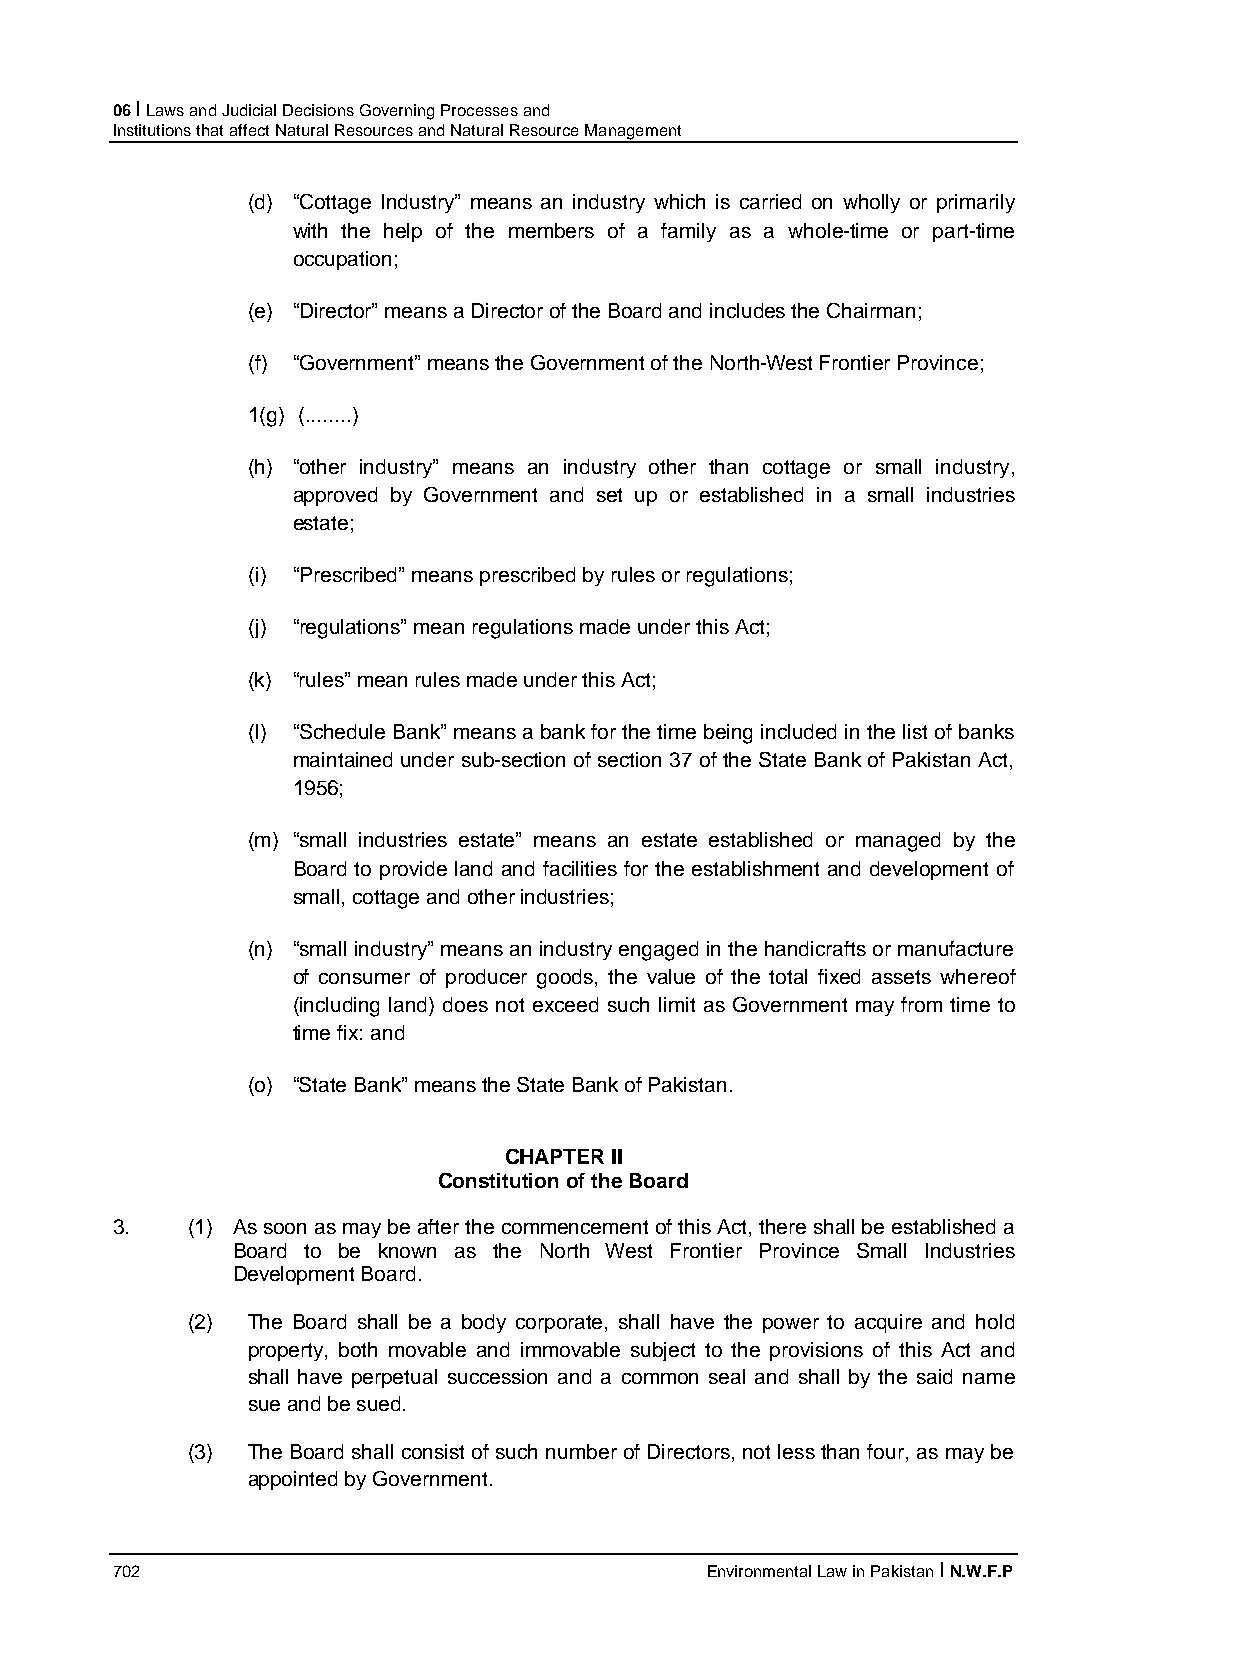
06 I Laws and Judicial Decisions Governing Processes and
 Institutions that affect Natural Resources and Natural Resource Management
 (d) “Cottage Industry” means an industry which is carried on wholly or primarily
 with the help of the members of a family as a whole-time or part-time
 occupation;
 (e) “Director” means a Director of the Board and includes the Chairman;
 (f) “Government” means the Government of the North-West Frontier Province;
 1(g) (........)
 (h) “other industry” means an industry other than cottage or small industry,
 approved by Government and set up or established in a small industries
 estate;
 (i) “Prescribed” means prescribed by rules or regulations;
 (j) “regulations” mean regulations made under this Act;
 (k) “rules” mean rules made under this Act;
 (l) “Schedule Bank” means a bank for the time being included in the list of banks
 maintained under sub-section of section 37 of the State Bank of Pakistan Act,
 1956;
 (m) “small industries estate” means an estate established or managed by the
 Board to provide land and facilities for the establishment and development of
 small, cottage and other industries;
 (n) “small industry” means an industry engaged in the handicrafts or manufacture
 of consumer of producer goods, the value of the total fixed assets whereof
 (including land) does not exceed such limit as Government may from time to
 time fix: and
 (o) “State Bank” means the State Bank of Pakistan.
 CHAPTER II
 Constitution of the Board
 3.   (1) As soon as may be after the commencement of this Act, there shall be established a
 Board to be known as the North West Frontier Province Small Industries
 Development Board.
 (2) The Board shall be a body corporate, shall have the power to acquire and hold
 property, both movable and immovable subject to the provisions of this Act and
 shall have perpetual succession and a common seal and shall by the said name
 sue and be sued.
 (3) The Board shall consist of such number of Directors, not less than four, as may be
 appointed by Government.
 702                                     Environmental Law in Pakistan I N.W.F.P